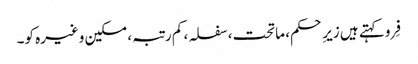
فِرو کہتے ہیں زیرِ حکم، ماتحت، سفلہ، کم رتبہ، مسکین وغیرہ کو۔